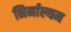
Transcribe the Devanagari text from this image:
निर्माल्यम